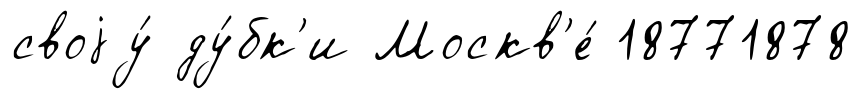
своjу́ ду́бк'и Москв'е́ 18771878